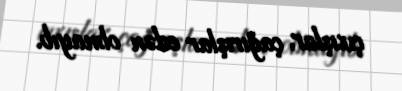
çıxışlar, çağırışlar edən olmayıb.